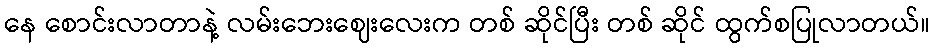
နေ စောင်းလာတာနဲ့ လမ်းဘေးဈေးလေးက တစ် ဆိုင်ပြီး တစ် ဆိုင် ထွက်စပြုလာတယ်။